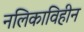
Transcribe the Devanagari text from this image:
नलिकाविहीन